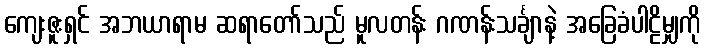
ကျေးဇူးရှင် အဘယာရာမ ဆရာတော်သည် မူလတန်း ဂဏန်းသင်္ချာနဲ့ အခြေခံပါဠိမျှကို